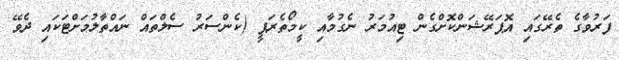
ފަރުވާގެ ތެރޭގައި އޮޕަރޭޝަންކޮށްގެން ޓިއުމަރު ނެގުމާއި ކީމޯތެރަޕީ (ކެންސަރު ސެލްތައް ނައްތާލުމަށްޓަކައި ދެވޭ